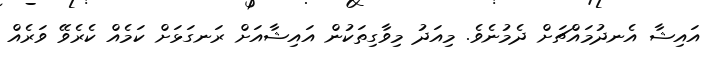
އައިޝާ އެނދުމައްޗަށް ދެމުނެވެ. މިއަދު މިވާގިތަކުން އައިޝާއަށް ރަނގަޅަށް ކަމެއް ކެރެވޭ ވަރެއް